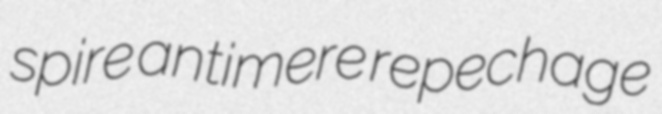
spire antimere repechage